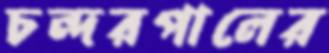
চন্দরপালের